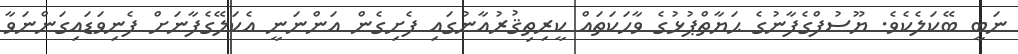
ނަބީ ބޭކަލެކެވެ. ޔޫސުފްގެފާނުގެ ޙަޔާތްޕުޅުގެ ވާހަކަތައް ކީރިތިޤުރުއާނުގައި ފެށިގެން އަންނަނީ އެކަލޭގެފާނަށް ފެނިވަޑައިގަންނަވާ